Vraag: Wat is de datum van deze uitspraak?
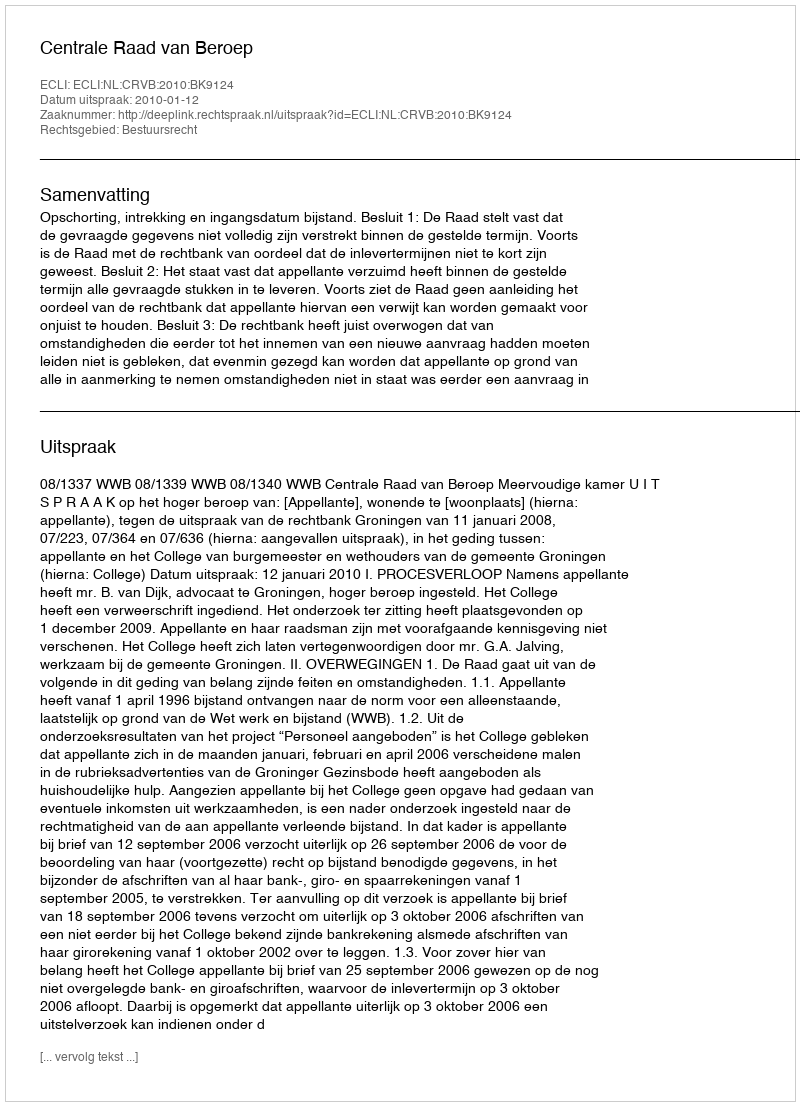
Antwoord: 2010-01-12